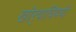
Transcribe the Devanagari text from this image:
खोर्‍याविषयी